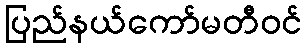
ပြည်နယ်ကော်မတီဝင်